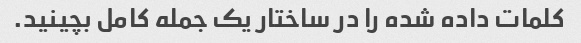
کلمات داده شده را در ساختار یک جمله کامل بچینید.